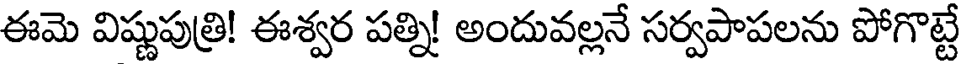
ఈమె విష్ణుపుత్రి! ఈశ్వర పత్ని! అందువల్లనే సర్వపాపలను పోగొట్టే